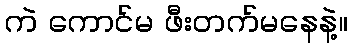
ကဲ ကောင်မ ဖီးတက်မနေနဲ့။